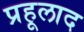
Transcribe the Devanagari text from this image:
प्रहूलाद